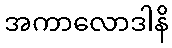
အကာလောဒါနိ